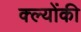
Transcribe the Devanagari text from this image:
क्ल्योंकी